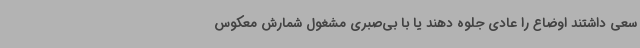
سعی داشتند اوضاع را عادی جلوه دهند یا با بی‌صبری مشغول شمارش معکوس